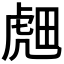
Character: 𬟭